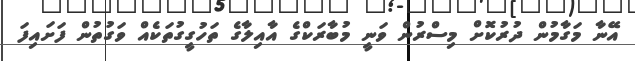
އޭނާ މަގާމުން ދުރުކޮށް މިސްރުން ވަނީ މުބާރަކްގެ އާއިލާގެ ތަހުގީގުތަކެއް ވަގުތުން ފަށައިފަ